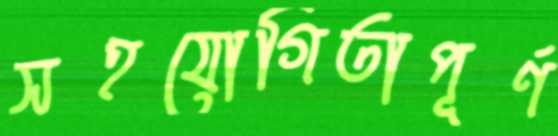
সহযোগিতাপূর্ণ